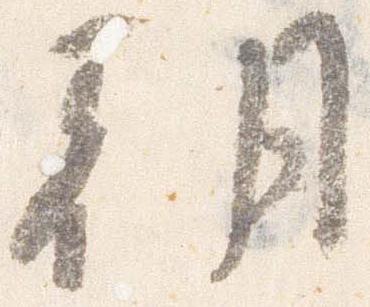
朝